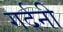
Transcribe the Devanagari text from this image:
गर्दनी